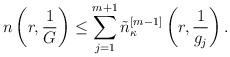
LaTeX: \begin{align*}n\left(r,\frac{1}{G}\right)\leq \sum_{j=1}^{m+1}\tilde n_\kappa^{[m-1]}\left(r,\frac1{g_j}\right).\end{align*}